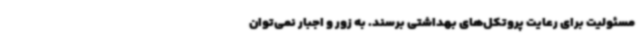
مسئولیت برای رعایت پروتکل‌های بهداشتی برسند. به زور و اجبار نمی‌توان